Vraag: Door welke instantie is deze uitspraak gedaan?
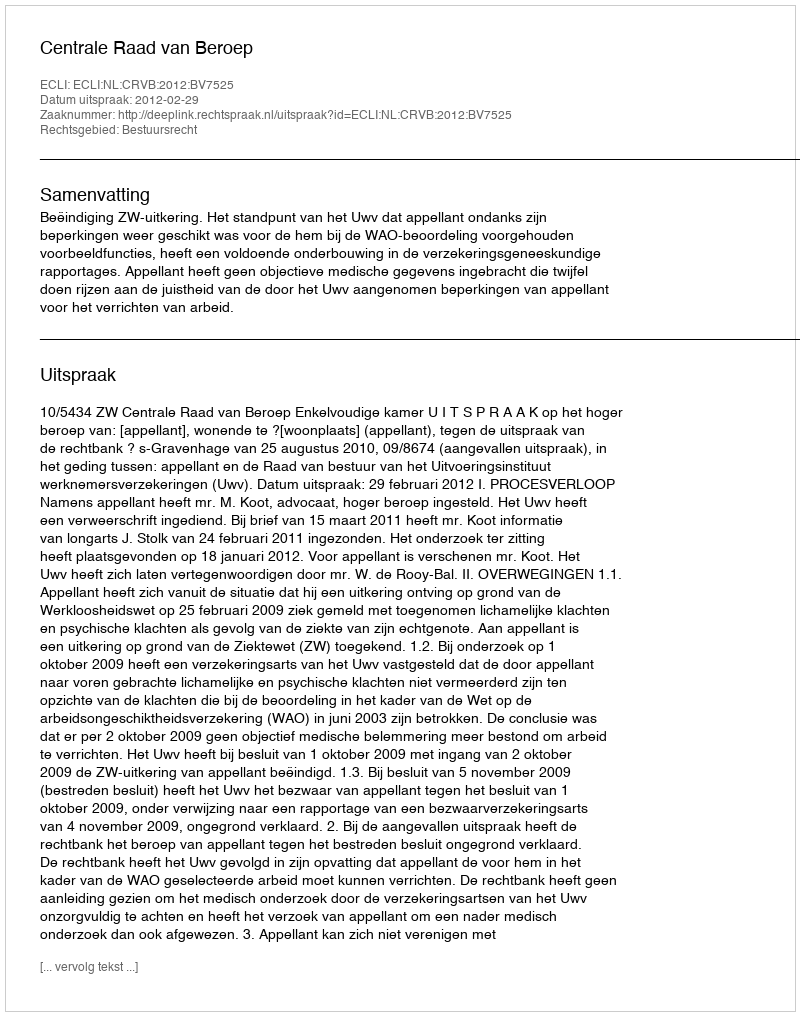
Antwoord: Centrale Raad van Beroep